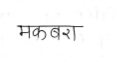
मजकूर: मकबरा